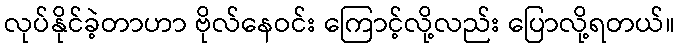
လုပ်နိုင်ခဲ့တာဟာ ဗိုလ်နေဝင်း ကြောင့်လို့လည်း ပြောလို့ရတယ်။